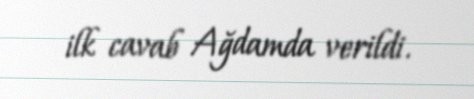
ilk cavab Ağdamda verildi.